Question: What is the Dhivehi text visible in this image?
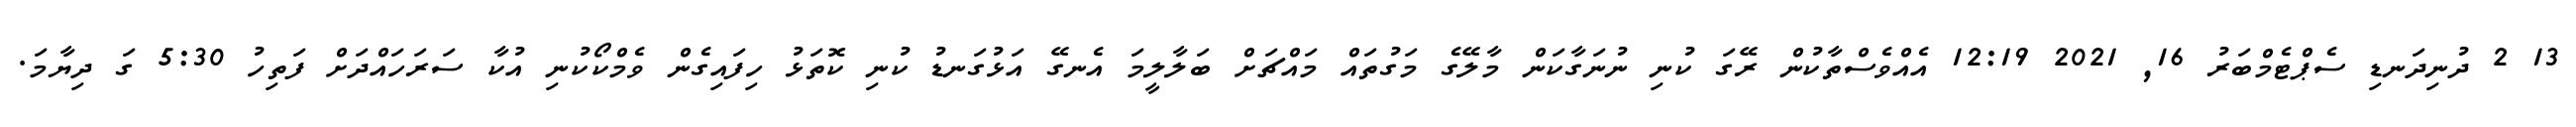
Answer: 13 2 ދުނިދަނޑި ސެޕްޓެމްބަރު 16, 2021 12:19 އެއްވެސްތާކުން ރޭގަ ކުނި ނުނަގާކަން މާލޭގެ މަގުތައް މައްޗަށް ބަލާލީމަ އެނގޭ އަޅުގަނޑު ކުނި ކޮތަޅު ހިފައިގެން ވެމްކޯކުނި އުކާ ސަރަހައްދަށް ފަތިހު 5:30 ގަ ދިޔާމަ.